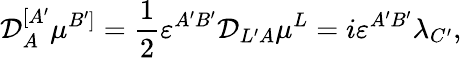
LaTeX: {\cal D}_{A}^{[A^{\prime}}\mu^{B^{\prime}]}=\frac{1}{2}\varepsilon^{A^{\prime}B^{\prime}}{\cal D}_{L^{\prime}A}\mu^{L}=i\varepsilon^{A^{\prime}B^{\prime}}\lambda_{C^{\prime}},